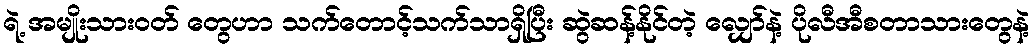
ရဲ့ အမျိုးသားဝတ် တွေဟာ သက်တောင့်သက်သာရှိပြီး ဆွဲဆန့်နိုင်တဲ့ လျှော်နဲ့ ပိုလီအီစတာသားတွေနဲ့